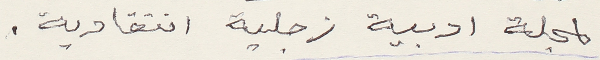
لمجلة ادبية زجلية انتقادية.